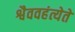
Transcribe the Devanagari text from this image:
श्वैववहंत्येते